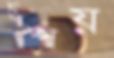
চুপ্‌সয়